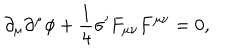
\partial _ { \mu } \partial ^ { \mu } \phi + \frac { 1 } { 4 } \sigma ^ { \prime } F _ { \mu \nu } F ^ { \mu \nu } = 0 ,